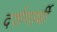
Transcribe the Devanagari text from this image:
दर्शणार्थी